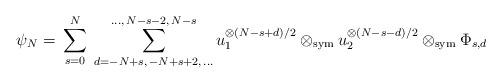
LaTeX: \begin{align*} \psi_N=\;&\sum_{s=0}^N\;\sum_{d=-N+s,\,-N+s+2,\,\dots}^{\dots,\,N-s-2,\,N-s} u_1^{\otimes (N-s+d)/2}\otimes_\mathrm{sym} u_2^{\otimes (N-s-d)/2}\otimes_\mathrm{sym} \Phi_{s,d}\end{align*}